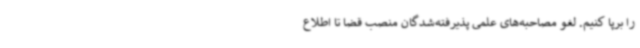
را برپا کنیم. لغو مصاحبه‌های علمی پذیرفته‌شدگان منصب قضا تا اطلاع